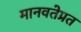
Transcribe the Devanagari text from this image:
मानवतेप्रत